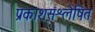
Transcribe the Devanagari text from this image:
प्रकाशसंश्लेषित